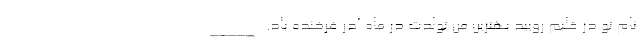
نام تو در قلبم رویید بهترین من تولدت در ماه آذر فرخنده باد. _____